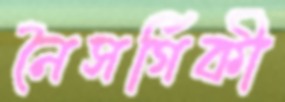
নৈসর্গিকী